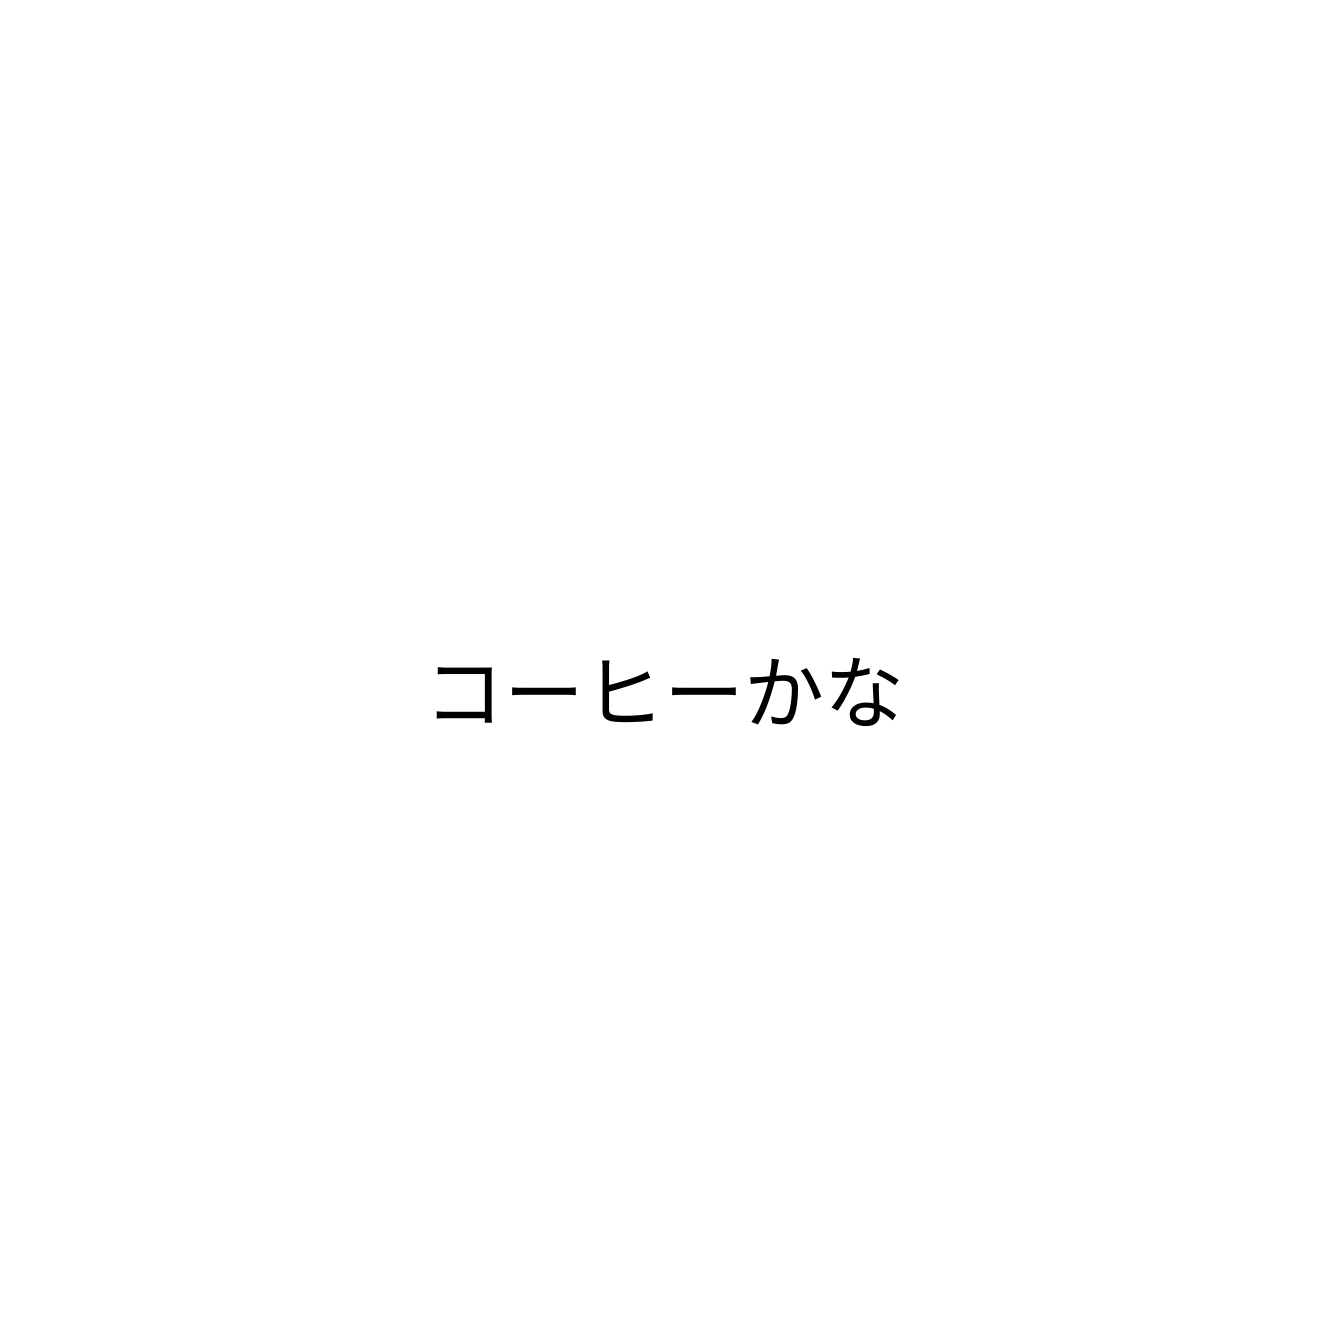
コーヒーかな